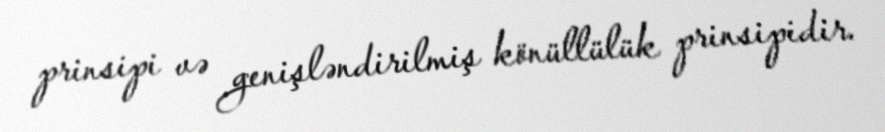
prinsipi və genişləndirilmiş könüllülük prinsipidir.